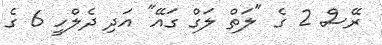
ރޭސް 2 ގެ "ލަތް ލަގް ގައޭ" އަދި ދެލްހީ 6 ގެ